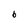
Character: b